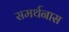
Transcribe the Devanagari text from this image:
समर्थनास